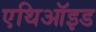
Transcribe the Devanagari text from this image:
एथिऑइड